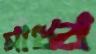
মাধ্ব